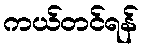
ကယ်တင်ရန်